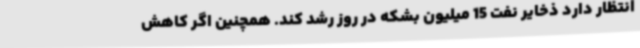
انتظار دارد ذخایر نفت 15 میلیون بشکه در روز رشد کند. همچنین اگر کاهش